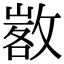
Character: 𢾷